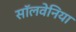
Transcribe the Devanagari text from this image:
सॉलवेनिया